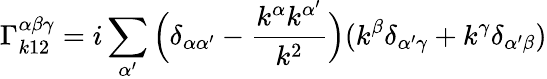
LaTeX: \Gamma_{k12}^{\alpha\beta\gamma}=i\sum_{\alpha^{\prime}}\Big(\delta_{\alpha\alpha^{\prime}}-\frac{k^{\alpha}k^{\alpha^{\prime}}}{k^{2}}\Big)(k^{\beta}\delta_{\alpha^{\prime}\gamma}+k^{\gamma}\delta_{\alpha^{\prime}\beta})